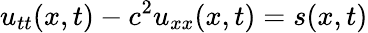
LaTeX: u_{tt}(x,t)-c^{2}u_{xx}(x,t)=s(x,t)